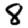
Digit: 8